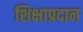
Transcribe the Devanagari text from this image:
शिक्षाप्रदान